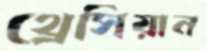
থ্রেসিয়ান